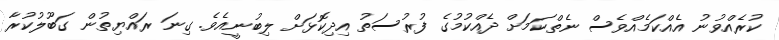
ކުރެއްވުނު އެއްކަމެއްވެސް ނެތްކަމަށް ދެއްކުމުގެ ފުރުސަތު އިދިކޮޅަށް ލިބުނީއެވެ. ގިނަ ރައްޔިތުން ގަބޫލުކުރާ